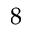
8